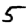
Digit: 5